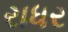
રાધર